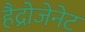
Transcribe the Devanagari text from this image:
हैद्रोजेनेट